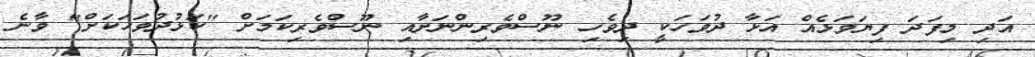
އަދި މިފަދަ ފިޔަވަޅެއް އަޅާ ދުވަހަކީ ދިވެހި ނޫސްވެރިންނަށާއި ނޫސްވެރިކަމަށް "ކަޅުދުވަހަކަށް" ވާނެ